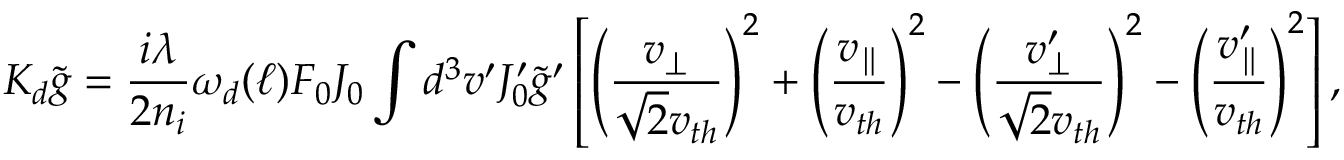
{ \cal K } _ { d } \tilde { g } = \frac { i \lambda } { 2 n _ { i } } \omega _ { d } ( \ell ) F _ { 0 } J _ { 0 } \int d ^ { 3 } v ^ { \prime } J _ { 0 } ^ { \prime } \tilde { g } ^ { \prime } \left[ \left( \frac { v _ { \perp } } { \sqrt { 2 } v _ { t h } } \right) ^ { 2 } + \left( \frac { v _ { \parallel } } { v _ { t h } } \right) ^ { 2 } - \left( \frac { v _ { \perp } ^ { \prime } } { \sqrt { 2 } v _ { t h } } \right) ^ { 2 } - \left( \frac { v _ { \parallel } ^ { \prime } } { v _ { t h } } \right) ^ { 2 } \right] ,